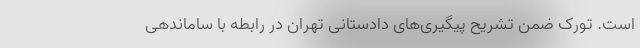
است. تورک ضمن تشریح پیگیری‌های دادستانی تهران در رابطه با ساماندهی